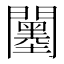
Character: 𨷅